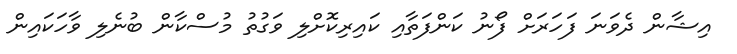
އިޝާން ދެވަނަ ފަހަރަށް ފޯނު ކަންފަތާއި ކައިރިކޮށްލި ވަގުތު މުސްކާން ބުނެލި ވާހަކައިން